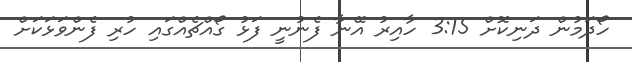
ހޯދަމުން ދަނިކޮށް 3:15 ހާއިރު އޭނާ ފެނުނީ ފަޅު ގޯއްޗެއްގައި ހުރި ފެންވަޅަކަށް